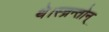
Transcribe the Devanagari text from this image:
थे।स्च्रन्तोन्